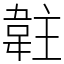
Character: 䪒